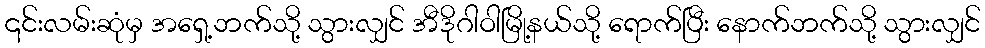
၎င်းလမ်းဆုံမှ အရှေ့ဘက်သို့ သွားလျှင် အီဒိုဂါဝါမြို့နယ်သို့ ရောက်ပြီး နောက်ဘက်သို့ သွားလျှင်